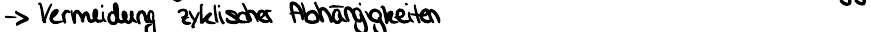
-> Vermeidung zyklischer Abhängigkeiten